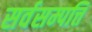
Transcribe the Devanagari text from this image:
सर्वसम्पत्ति